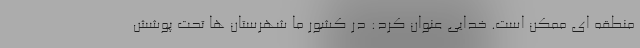
منطقه ای ممکن است. خدایی عنوان کرد: در کشور ما شهرستان ها تحت پوشش